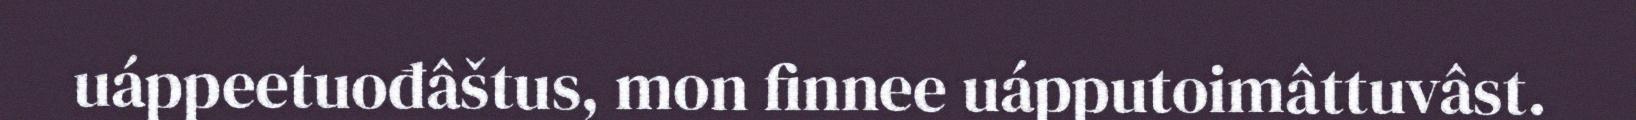
uáppeetuođâštus, mon finnee uápputoimâttuvâst.